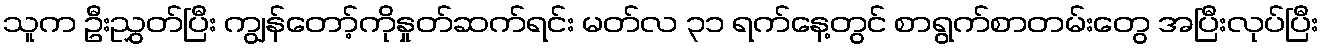
သူက ဦးညွှတ်ပြီး ကျွန်တော့်ကိုနှုတ်ဆက်ရင်း မတ်လ ၃၁ ရက်နေ့တွင် စာရွက်စာတမ်းတွေ အပြီးလုပ်ပြီး